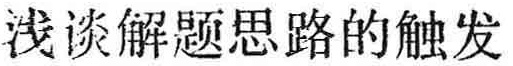
浅谈解题思路的触发